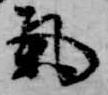
気